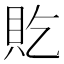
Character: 𫎐